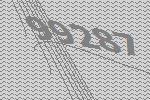
99287